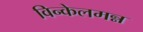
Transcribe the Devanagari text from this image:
विन्केलमन्न